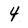
Character: 4